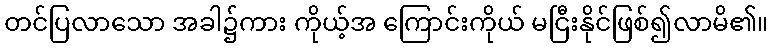
တင်ပြလာသော အခါ၌ကား ကိုယ့်အ ကြောင်းကိုယ် မငြီးနိုင်ဖြစ်၍လာမိ၏။